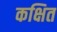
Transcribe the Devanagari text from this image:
कक्षित